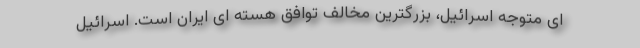
ای متوجه اسرائیل، بزرگترین مخالف توافق هسته ای ایران است. اسرائیل